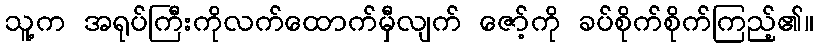
သူ့က အရုပ်ကြီးကိုလက်ထောက်မှီလျက် ဇော့်ကို ခပ်စိုက်စိုက်ကြည့်၏။